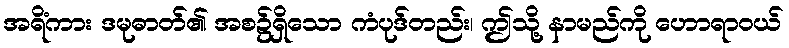
အရိံကား ဒမုဓာတ်၏ အစ၌ရှိသော ကံပုဒ်တည်း၊ ဤသို့ နာမည်ကို ဟောရာဝယ်